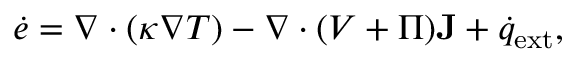
{ \dot { e } } = \nabla \cdot ( \kappa \nabla T ) - \nabla \cdot ( V + \Pi ) \mathbf { J } + { \dot { q } } _ { \mathrm { e x t } } ,